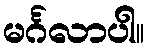
မင်္ဂလာပါ။